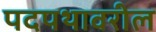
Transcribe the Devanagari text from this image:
पदपथावरील